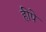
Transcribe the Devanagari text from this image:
हीपे